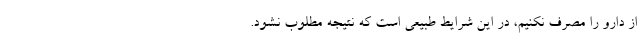
از دارو را مصرف نکنیم، در این شرایط طبیعی است که نتیجه مطلوب نشود.